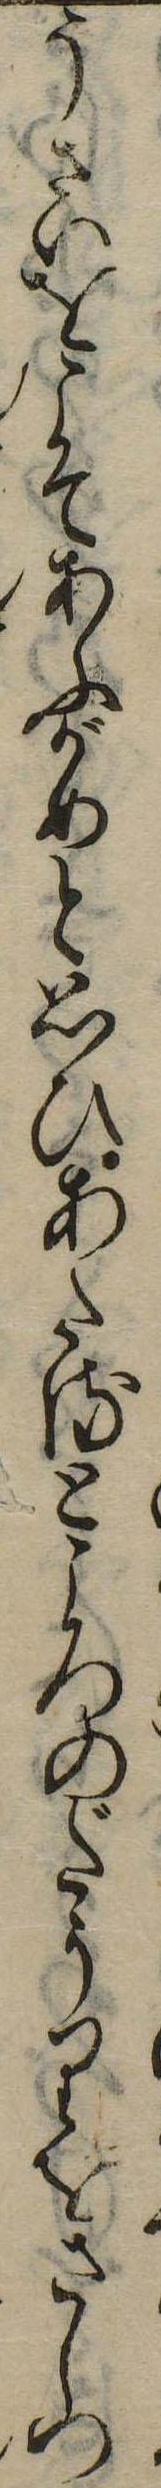
うさいをこそあふがめと思ひあたるところのだうりをさしつ